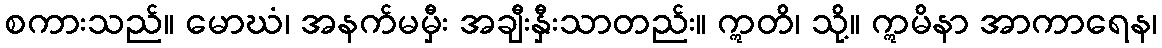
စကားသည်။ မောဃံ၊ အနက်မမှီး အချီးနှီးသာတည်း။ ဣတိ၊ သို့။ ဣမိနာ အာကာရေန၊